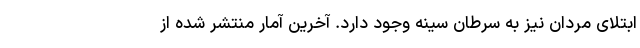
ابتلای مردان نیز به سرطان سینه وجود دارد. آخرین آمار منتشر شده از